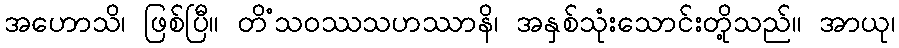
အဟောသိ၊ ဖြစ်ပြီ။ တိံသဝဿသဟဿာနိ၊ အနှစ်သုံးသောင်းတို့သည်။ အာယု၊